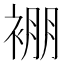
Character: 䙀